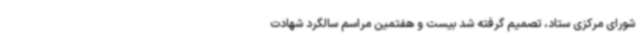
شورای مرکزی ستاد، تصمیم گرفته شد بیست و هفتمین مراسم سالگرد شهادت